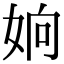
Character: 姠